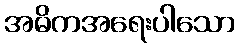
အဓိကအရေးပါသော